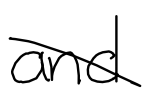
Text: and
Cross-out: diagonal
Writing tool: digital_black